kultuurilooline_kollektsioon, lk 39
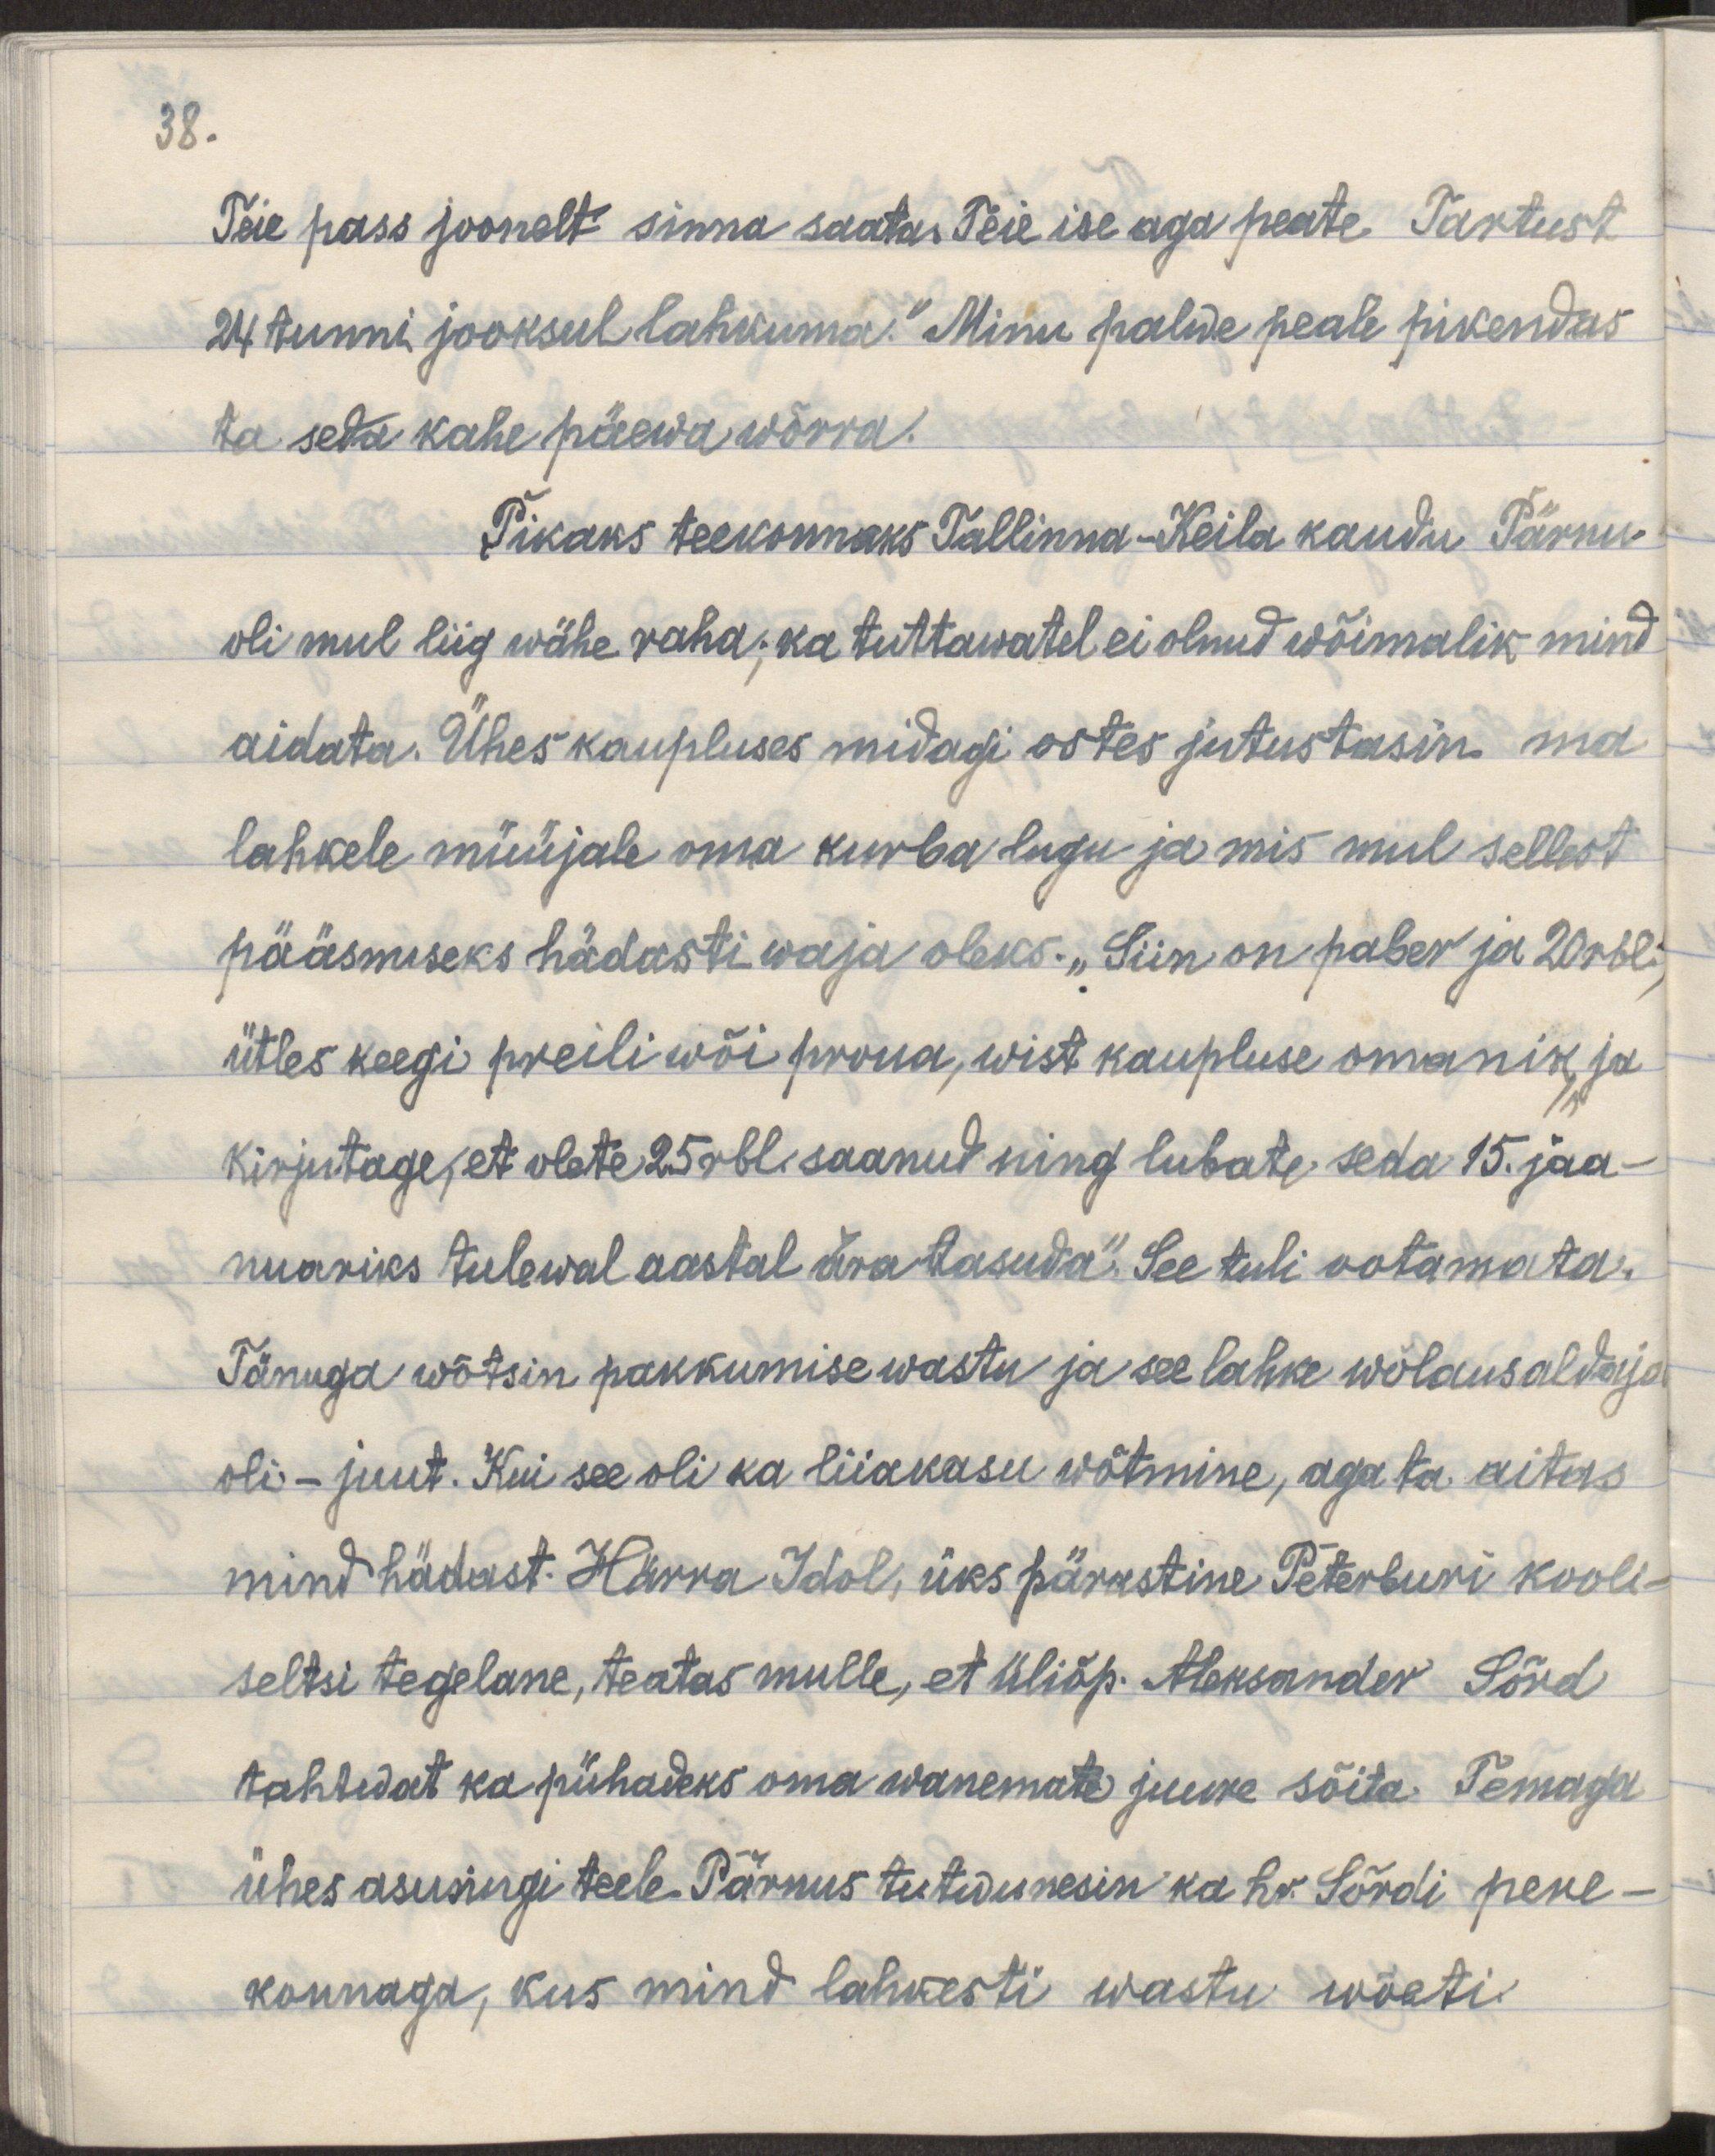
38.
Teie pass joonelt sinna saata. Teie ise aga peate Tartust
24 tunni jooksul lahkuma." Minu palwe peale pikendas
ta seda kahe päewa wõrra.
Pikaks teekonnaks Tallinna-Keila kaudu Pärnu
oli mul liig wähe raha; ka tuttawatel ei olnud wõimalik mind
aidata. Ühes kapluses midagi ostes jutustasin ma 
lahkele müüjale oma kurba lugu ja mis mul sellest
pääsemiseks hädasti waja oleks. „Siin on paber ja 20rbl,
ütles keegi preili wõi proua, wist kaupluse omanik ja
kirjutage, et olete 25rbl saanud ning lubate seda 15. jaa-
nuariks tulewal aastal ära tasuda." See tuli ootamata.
Tänuga võtsin pakkumise wastu ja see lahke wõlausaldaja
oli - juut. Kui see oli ka liiakasu wõtmine, aga ta aitas
mind hädast. Härra Idol, üks pärastine Peterburi kooli-
seltsi tegelane, teatas mulle, et üliõp. Aleksander Sõrd
tahtwat ka pühadeks oma wanemate juure sõita. Temaga 
ühes asusingi teele. Pärnus tutwunesin ka hr. Sõrdi pere-
konnaga, kus mind lahkesti wastu wõeti.